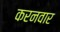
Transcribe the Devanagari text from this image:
करनवार